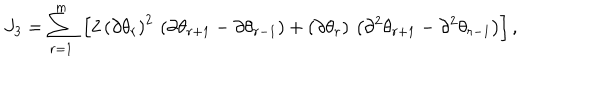
J _ { 3 } = \sum _ { r = 1 } ^ { m } \; \left[ 2 \, \left( \partial \theta _ { r } \right) ^ { 2 } \, \left( \partial \theta _ { r + 1 } - \partial \theta _ { r - 1 } \right) + \left( \partial \theta _ { r } \right) \, \left( \partial ^ { 2 } \theta _ { r + 1 } - \partial ^ { 2 } \theta _ { r - 1 } \right) \right] ,